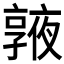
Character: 𠆓